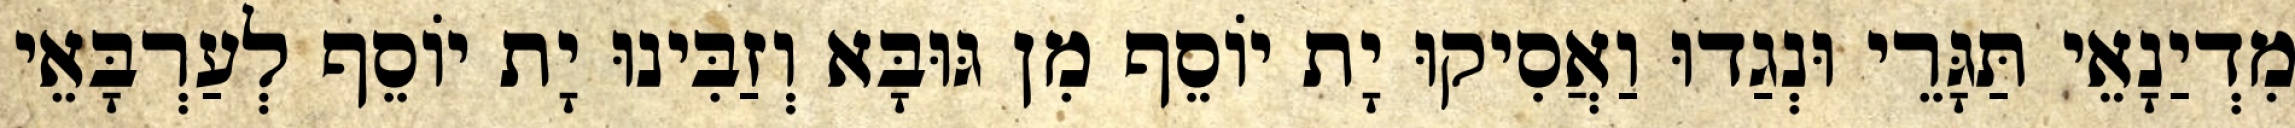
מִדְיַנָאֵי תַּגָּרֵי וּנְגַדוּ וַאֲסִיקוּ יָת יוֹסֵף מִן גּוּבָּא וְזַבִּינוּ יָת יוֹסֵף לְעַרְבָּאֵי